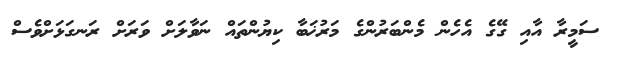
ސަމީރާ އާއި ގޭގެ އެހެން މެންބަރުންގެ މަރުޚަބާ ކިޔުންތައް ނަވާލަށް ވަރަށް ރަނގަޅަށްވެސް